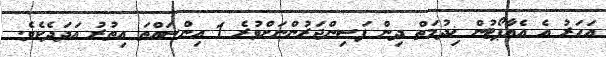
އަހަރު އެ އެއާޕޯޓުން ޚިދުމަތް ދިން ފަސިންޖަރުންނަށްވުރެ 1 އިންސައްތަ އިތުރު އަދަދެކެވެ.